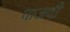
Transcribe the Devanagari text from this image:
पाजवी